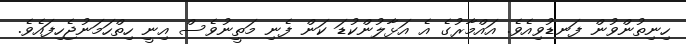
ހިނިތުންވުން ފަނޑުވިއެވެ. އައްމާރުގެ އެ އަޅާލުންކުޑަ ކަން ފެނި މަތީނުވެސް އިނީ ހިތްހަމަނުޖެހިފައެވެ.